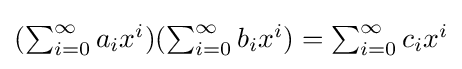
{\textstyle (\sum _{i=0}^{\infty }a_{i}x^{i})(\sum _{i=0}^{\infty }b_{i}x^{i})=\sum _{i=0}^{\infty }c_{i}x^{i}}